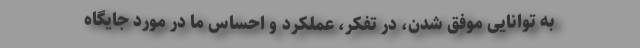
به توانایی‌ موفق شدن‌، در تفکر، عملکرد و احساس ما در مورد جایگاه